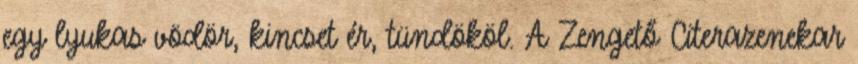
egy lyukas vödör, kincset ér, tündököl. A Zengető Citerazenekar